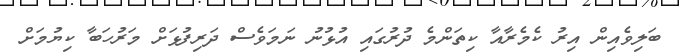
ބަލިވެއިން އިރު ކެމެރާއާ ކިތަންމެ ދުރުގައި އުޅުނު ނަމަވެސް ދަރިފުޅަށް މަރުހަބާ ކިޔުމަށް